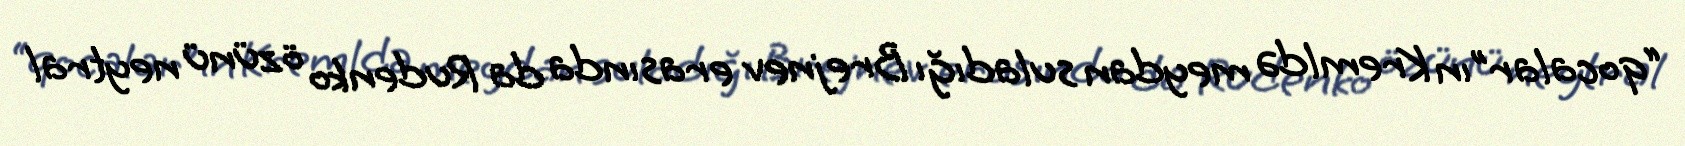
“qocalar”ın Kremldə meydan suladığı Brejnev erasında da Rudenko özünü neytral